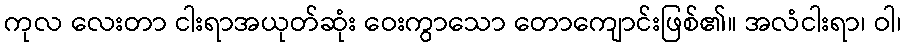
ကုလ လေးတာ ငါးရာအယုတ်ဆုံး ဝေးကွာသော တောကျောင်းဖြစ်၏။ အလံငါးရာ၊ ဝါ၊